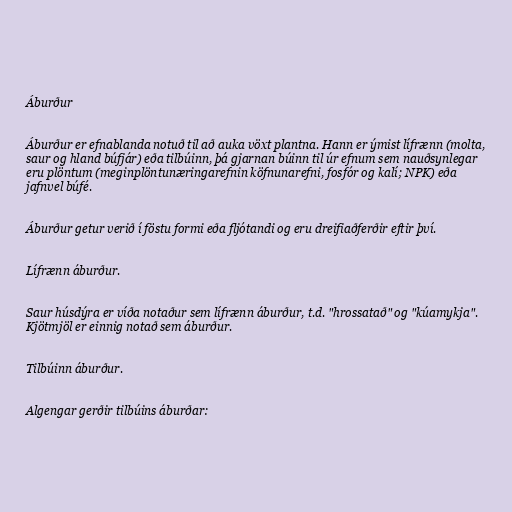
Áburður

Áburður er efnablanda notuð til að auka vöxt plantna. Hann er ýmist lífrænn (molta,
saur og hland búfjár) eða tilbúinn, þá gjarnan búinn til úr efnum sem nauðsynlegar
eru plöntum (meginplöntunæringarefnin köfnunarefni, fosfór og kalí; NPK) eða
jafnvel búfé.

Áburður getur verið í föstu formi eða fljótandi og eru dreifiaðferðir eftir því.

Lífrænn áburður.

Saur húsdýra er víða notaður sem lífrænn áburður, t.d. "hrossatað" og "kúamykja".
Kjötmjöl er einnig notað sem áburður.

Tilbúinn áburður.

Algengar gerðir tilbúins áburðar: